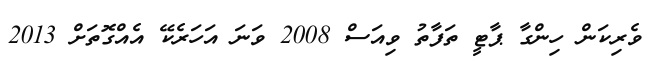
ވެރިކަން ހިންގާ ޕާޓީ ތަފާތު ވިއަސް 2008 ވަނަ އަހަރެކޭ އެއްގޮތަށް 2013